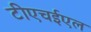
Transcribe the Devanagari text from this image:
टीएचईएल